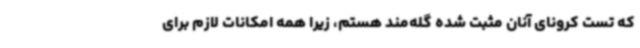
که تست کرونای آنان مثبت شده گله‌مند هستم، زیرا همه امکانات لازم برای